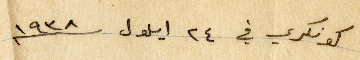
كونكري في ٢٤ أيلول ١۹۳٨